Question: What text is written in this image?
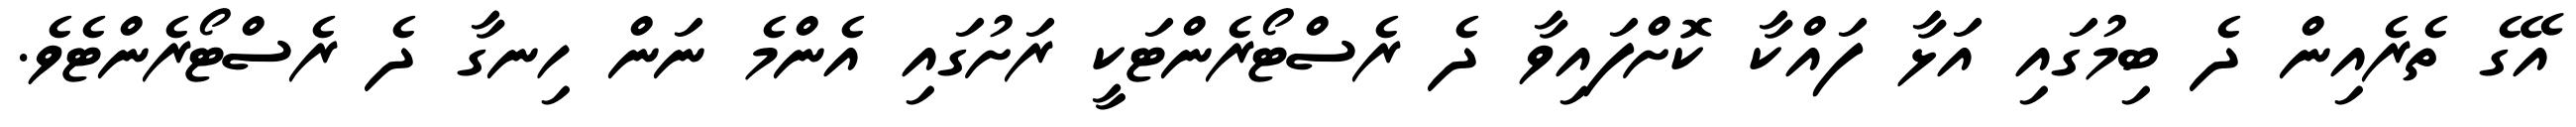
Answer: އޭގެ ތެރެއިން ދެ ބިމުގައި އަޅާ ފައްކާ ކޮށްފައިވާ ދެ ރެސްޓޯރެންޓަކީ ރަށުގައި އެންމެ ނަން ހިނގާ ދެ ރެސްޓޯރެންޓެވެ.